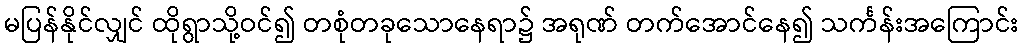
မပြန်နိုင်လျှင် ထိုရွာသို့ဝင်၍ တစုံတခုသောနေရာ၌ အရုဏ် တက်အောင်နေ၍ သင်္ကန်းအကြောင်း